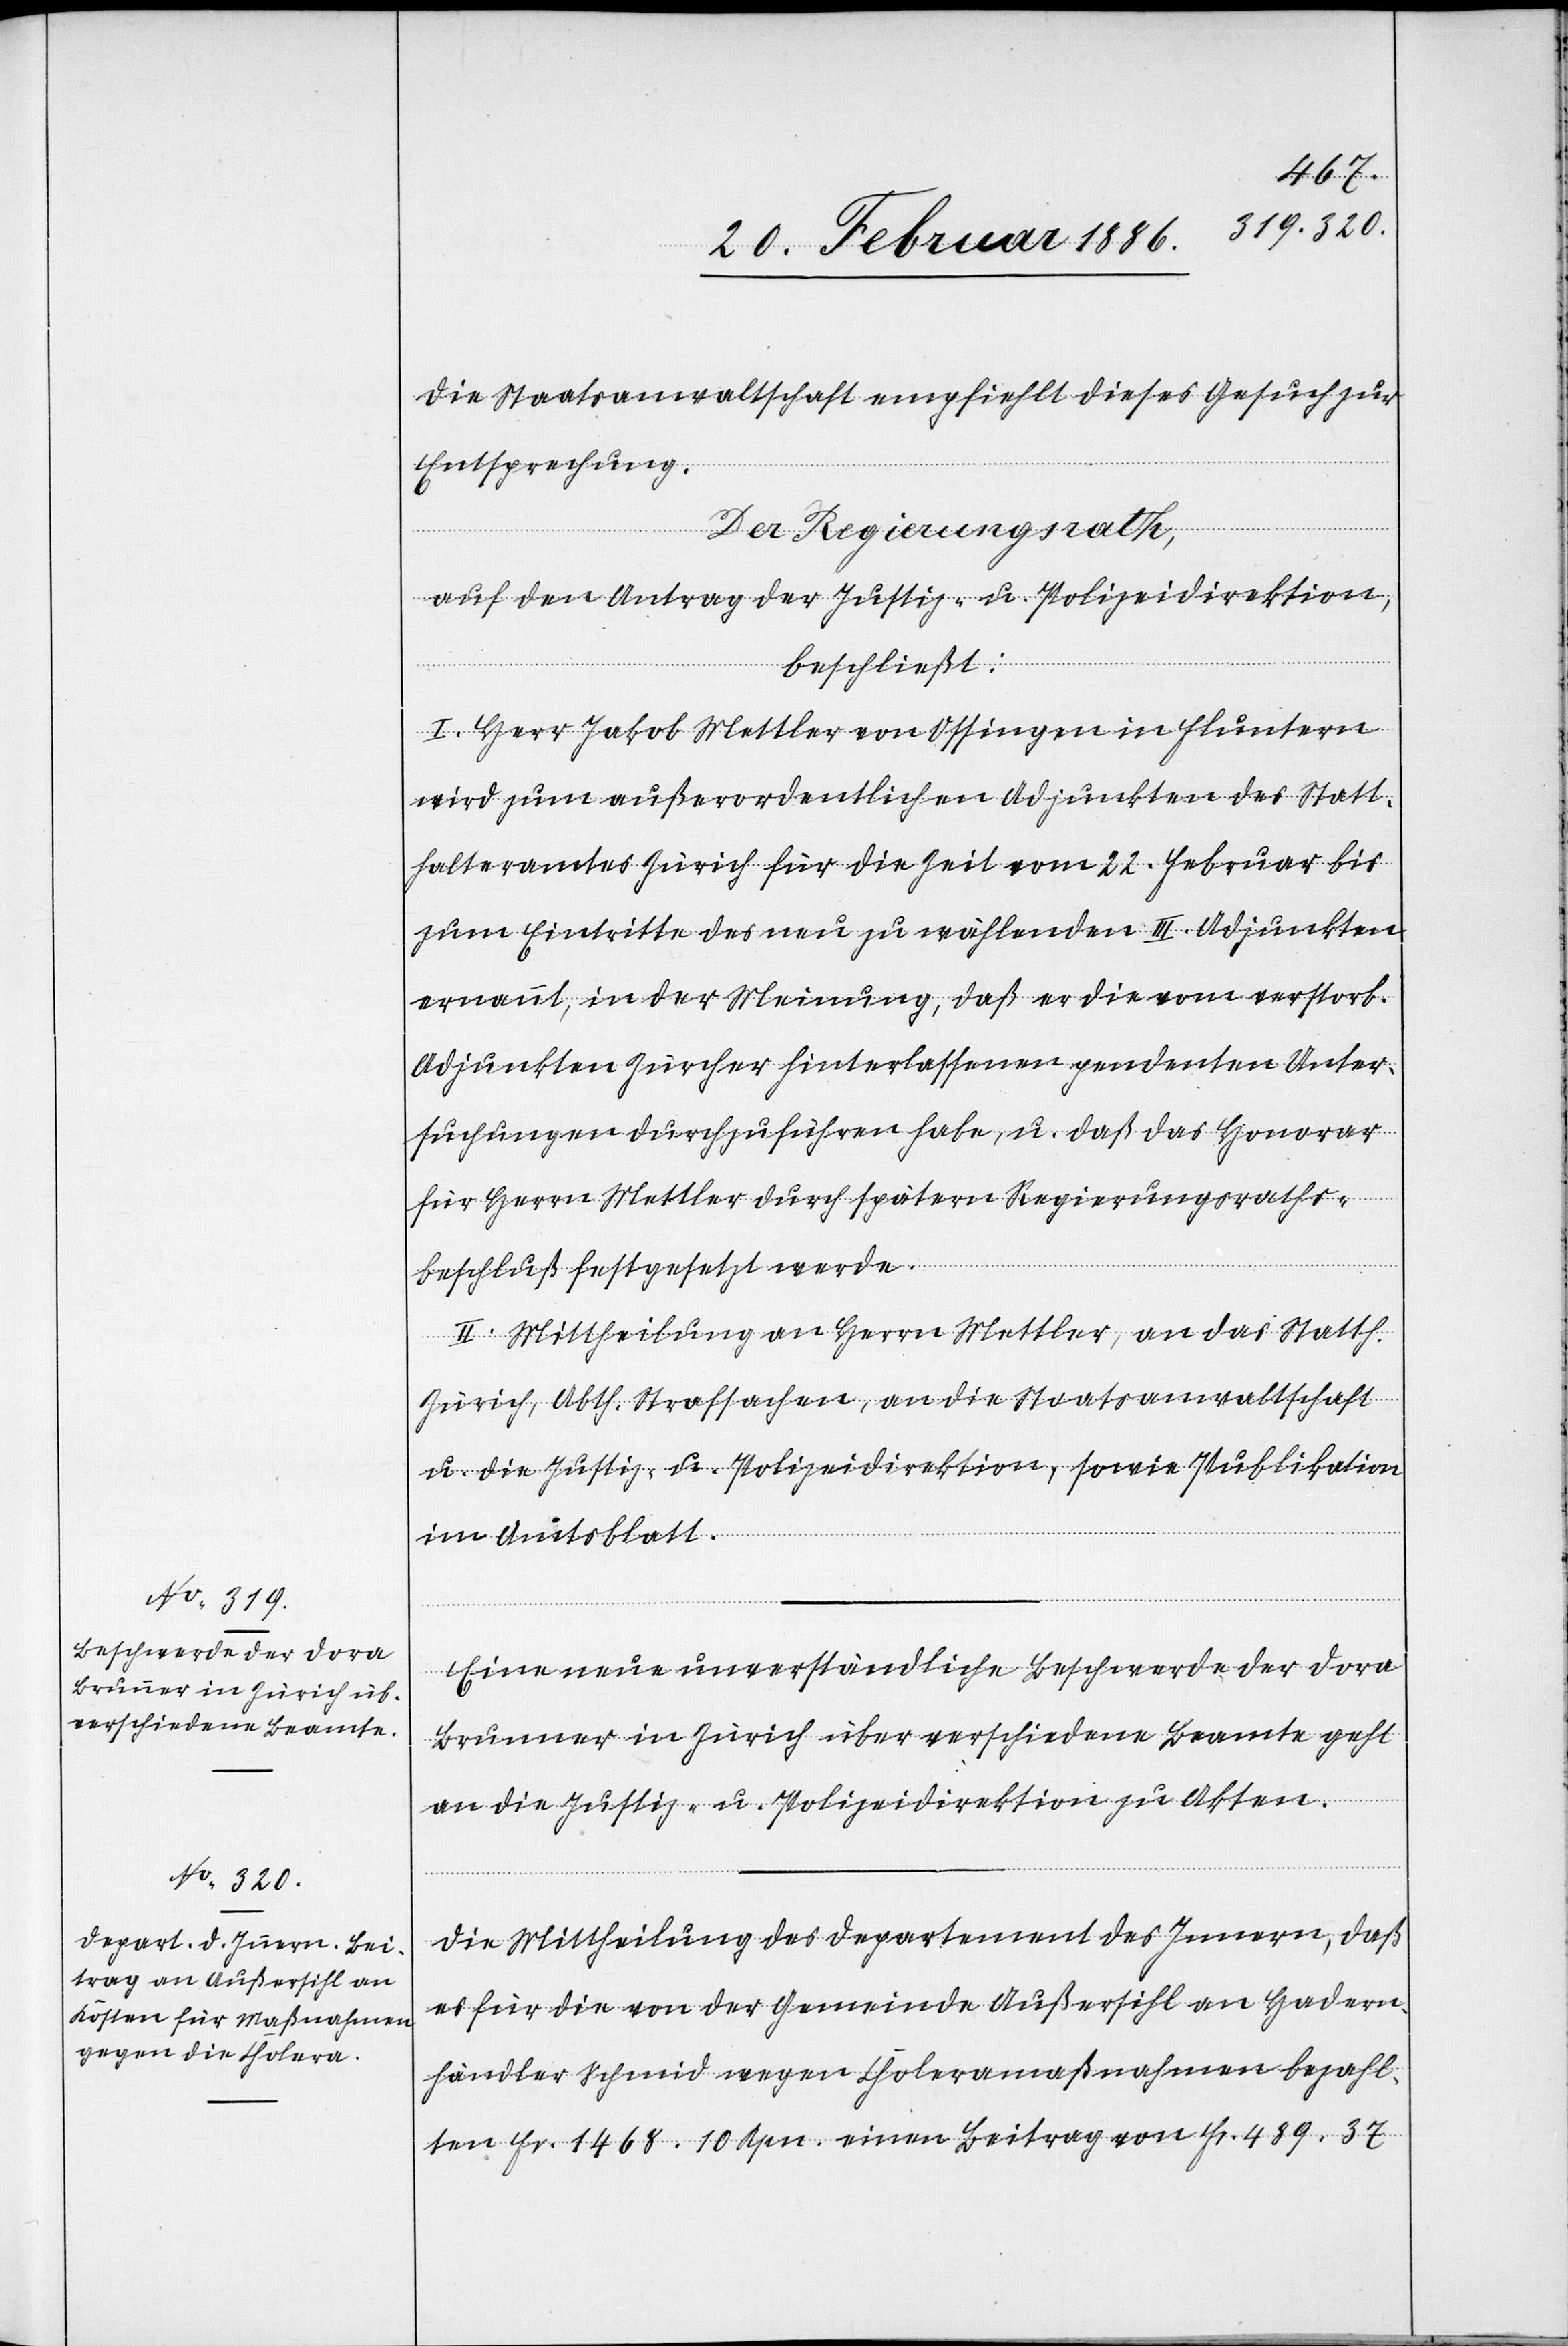
Die Staatsanwaltschaft empfiehlt dieses Gesuch zur
Entsprechung.
Der Regierungsrath,
auf den Antrag der Justiz- u. Polizeidirektion,
beschließt:
I. Herr Jakob Mettler von Ossingen in Fluntern
wird zum außerordentlichen Adjunkten des Statt¬
halteramtes Zürich für die Zeit vom 22. Februar bis
zum Eintritte des neu zu wählenden III. Adjunkten
ernannt, in der Meinung, daß er die vom verstorb¬
Adjunkten Zürcher hinterlassenen pendenten Unter¬
suchungen durchzuführen habe, u. daß das Honorar
für Herrn Mettler durch spätern Regierungsraths¬
beschluß festgesetzt werde.
II. Mittheilung an Herrn Mettler, an das Statth.
Zürich, Abth. Strafsachen, an die Staatsanwaltschaft
u. die Justiz- u. Polizeidirektion, sowie Publikation
enen
im Amtsblatt.
Eine neue unverständliche Beschwerde der Dora
Brunner in Zürich über verschiedene Beamte geht
an die Justiz- u. Polizeidirektion zu Akten.
Die Mittheilung des Departement des Innern, daß
es für die von der Gemeinde Außersihl an Hadern,
Händler Schmid wegen Choleramaßnahmen bezahl¬
ten Fr. 1468. 10. Rpn. einen Beitrag von Fr. 489. 37